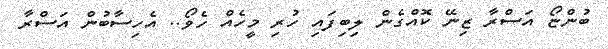
ބުންޏޯ އަސްރާ ޒިނޭ ކޮއްގެން ލިބިފައި ހުރި މީހެއް ހެވޯ.. އެހިސާބުން އަސްރާ